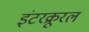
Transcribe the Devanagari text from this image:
इंटरक्रूरल